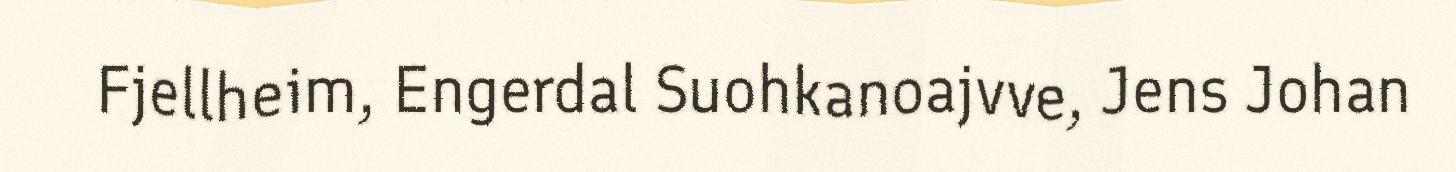
Fjellheim, Engerdal Suohkanoajvve, Jens Johan